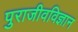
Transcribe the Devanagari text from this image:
पुराजीवविज्ञान